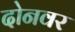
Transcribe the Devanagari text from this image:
दोनवर